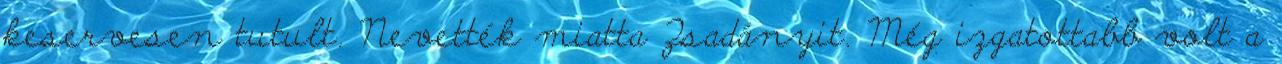
keservesen tutult. Nevették miatta Zsadányit. Még izgatottabb volt a